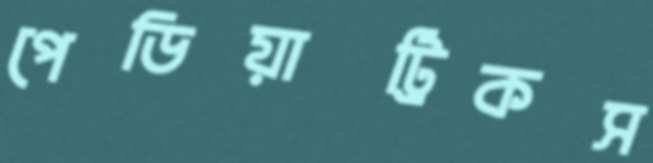
পেডিয়াট্রিকস